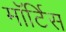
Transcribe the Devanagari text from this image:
मॉर्टिस